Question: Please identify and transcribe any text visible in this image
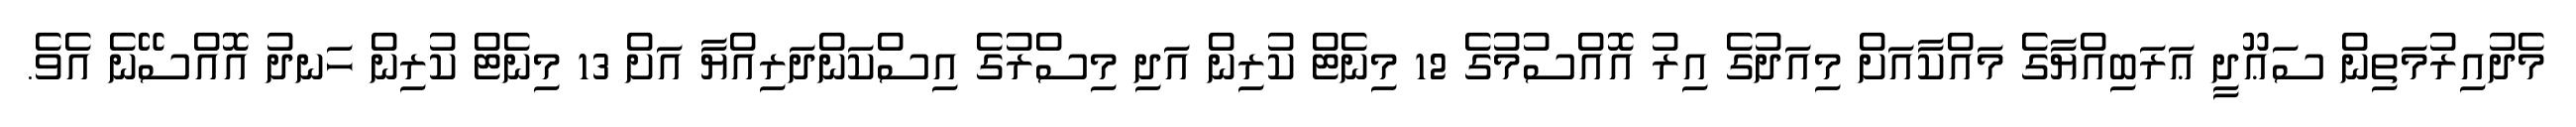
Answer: މެދުއިރުމަތިން ސަޢޫދީ ޢަރަބިއްޔާގެ މައްކާއަށް މިއަދުގެ އިރު އޮއްސުމުގެ 12 މިނެޓް ކުރިން އަދި މިސްރުގެ އިސްކަންދަރިއްޔާ އަށް 13 މިނެޓް ކުރިން ހަނދު އޮއްސޭނެ އެވެ.